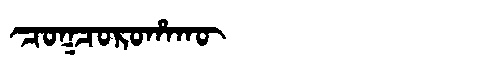
Manchu: ᠴᠣᡴᠴᠣᡵᠣᡥᠠᡴᡡ
Romanization: COKCOROHAKŪ